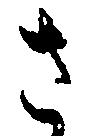
さ